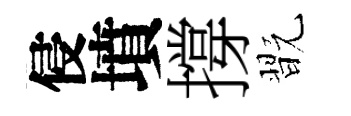
侵墳撐翫